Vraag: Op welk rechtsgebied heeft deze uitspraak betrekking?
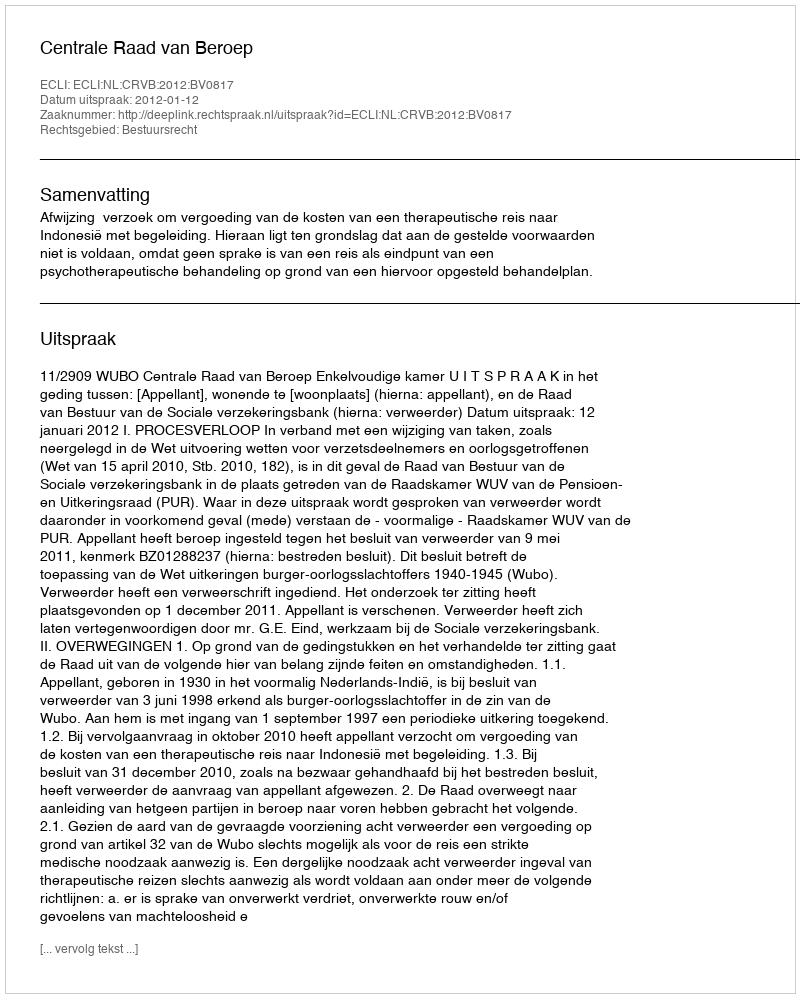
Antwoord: Bestuursrecht